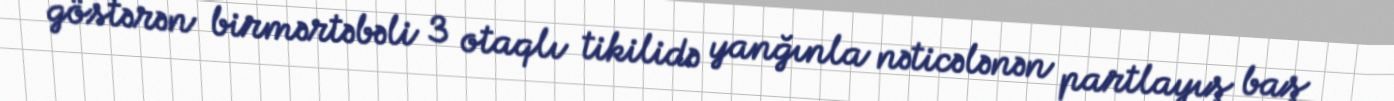
göstərən birmərtəbəli 3 otaqlı tikilidə yanğınla nəticələnən partlayış baş